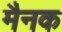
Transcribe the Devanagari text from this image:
मैनक